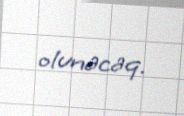
olunacaq.